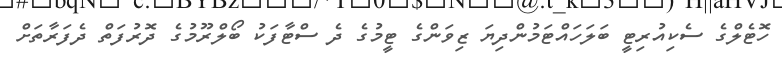
ހޮޓެލްގެ ސެކިއުރިޓީ ބަލަހައްޓަމުންދިޔަ ޒިވަންގެ ޓީމުގެ ދެ ސްޓާފަކު ބޯލްރޫމުގެ ދޮރުފަތް ދެފަރާތަށް